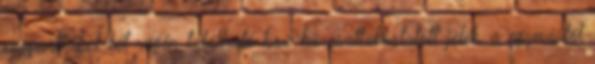
csoportkábel két végén található box-ba csatlakoztatott jelek, a egymástól